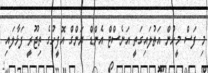
މި ފަސް މީހުން އަތުލައިގަތީ އަނެސްޓް އެންޑް ޔަންގް އޮފީހުގެ ތިޖޫރީ ފަޅާލައި